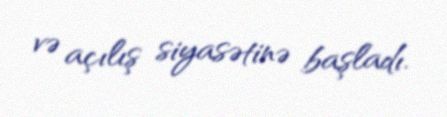
və açılış siyasətinə başladı.